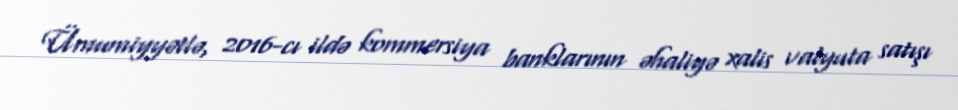
Ümumiyyətlə, 2016-cı ildə kommersiya banklarının əhaliyə xalis valyuta satışı